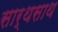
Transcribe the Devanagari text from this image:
सार्थसाथ